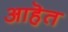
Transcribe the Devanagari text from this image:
आहॆत